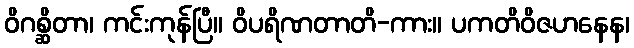
ဝိဂစ္ဆိတာ၊ ကင်းကုန်ပြီ။ ဝိပရိဏတာတိ-ကား။ ပကတိဝိဇဟနေန၊